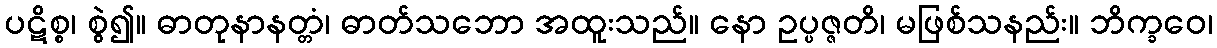
ပဋိစ္စ၊ စွဲ၍။ ဓာတုနာနတ္တံ၊ ဓာတ်သဘော အထူးသည်။ နော ဥပ္ပဇ္ဇတိ၊ မဖြစ်သနည်း။ ဘိက္ခဝေ၊